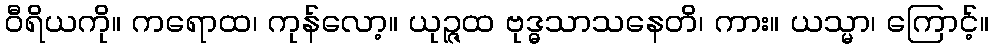
ဝီရိယကို။ ကရောထ၊ ကုန်လော့။ ယုဉ္ဇထ ဗုဒ္ဓသာသနေတိ၊ ကား။ ယသ္မာ၊ ကြောင့်။